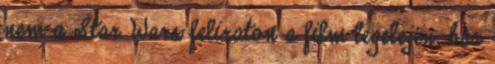
nem a Star Wars feliraton a film legelején, bár